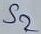
Text: S2